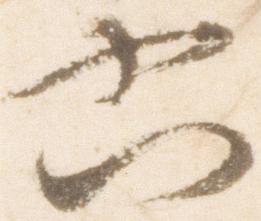
六